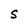
Character: S